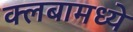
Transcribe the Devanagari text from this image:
क्लबामध्ये